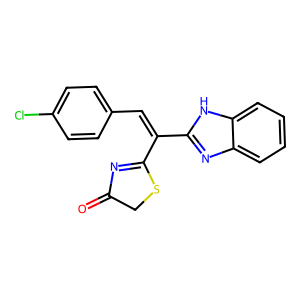
SMILES: O=C1CSC(C(=Cc2ccc(Cl)cc2)c2nc3ccccc3[nH]2)=N1
Inhibits HIV replication: No